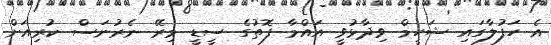
އެ ހަފުލާގައި ޝަހީމް ވިދާޅުވީ އައްމާ ފޮތުގެ ސީޑީ މިރޭ ނެރުނަސް ކުރިއަށް